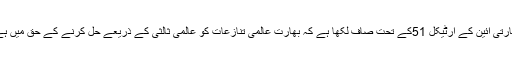
بھارتی آئین کے آرٹیکل 51کے تحت صاف لکھا ہے کہ بھارت عالمی تنازعات کو عالمی ثالثی کے ذریعے حل کرنے کے حق میں ہے۔